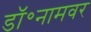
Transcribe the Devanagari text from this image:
डॉ॰नामवर